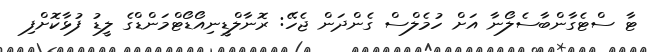
ޓާ ސްޓެގާންބާސެލޯނާ އަށް ހުމެލްސް ގެންދަން ޖެހޭ: ރޮނާލްޑީނިއޯޑޯޓްމަންޑްގެ ލީޑު ފުޅާކޮށްފި